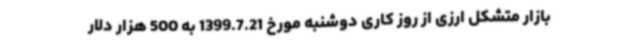
بازار متشکل ارزی از روز کاری دوشنبه مورخ 1399.7.21 به 500 هزار دلار